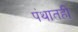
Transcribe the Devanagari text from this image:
पंथातही